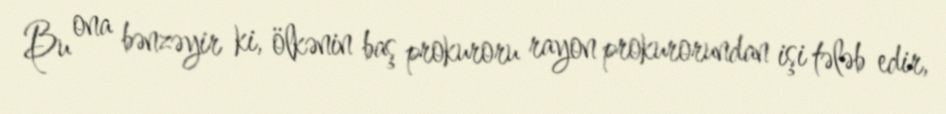
Bu ona bənzəyir ki, ölkənin baş prokuroru rayon prokurorundan işi tələb edir,